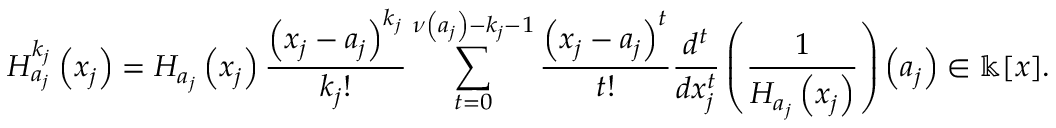
H _ { a _ { j } } ^ { k _ { j } } \left( x _ { j } \right) = H _ { a _ { j } } \left( x _ { j } \right) \frac { \left( x _ { j } - a _ { j } \right) ^ { k _ { j } } } { k _ { j } ! } \sum _ { t = 0 } ^ { \nu \left( a _ { j } \right) - k _ { j } - 1 } \frac { \left( x _ { j } - a _ { j } \right) ^ { t } } { t ! } \frac { d ^ { t } } { d x _ { j } ^ { t } } \left( \frac { 1 } { H _ { a _ { j } } \left( x _ { j } \right) } \right) \left( a _ { j } \right) \in \Bbbk [ x ] .